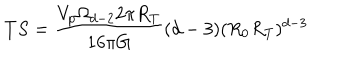
LaTeX: T S = \frac { V _ { p } \Omega _ { d - 2 } 2 \pi R _ { T } } { 1 6 \pi G } ( d - 3 ) ( R _ { 0 } R _ { T } ) ^ { d - 3 }